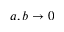
a , b \rightarrow 0